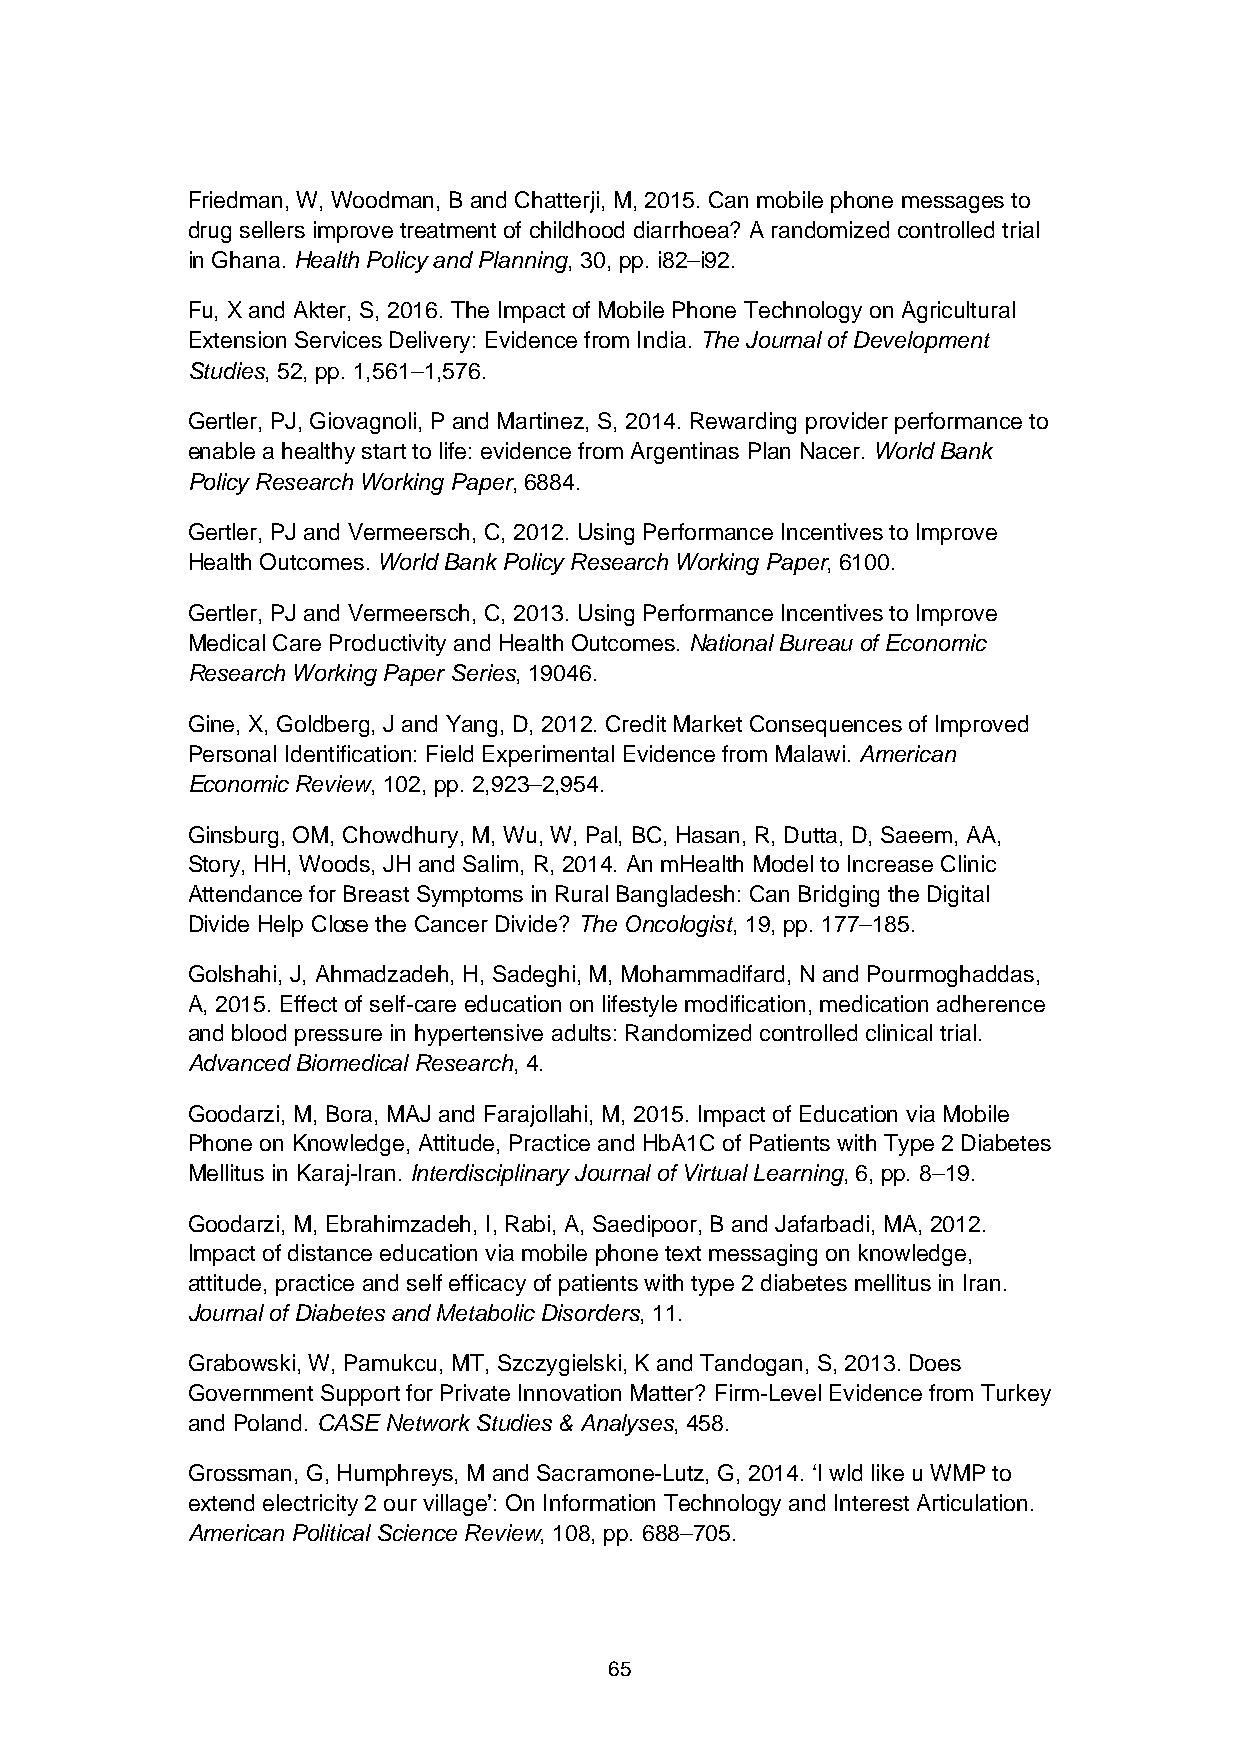
Friedman, W, Woodman, B and Chatterji, M, 2015. Can mobile phone messages to
 drug sellers improve treatment of childhood diarrhoea? A randomized controlled trial
 in Ghana. Health Policy and Planning, 30, pp. i82–i92.
 Fu, X and Akter, S, 2016. The Impact of Mobile Phone Technology on Agricultural
 Extension Services Delivery: Evidence from India. The Journal of Development
 Studies, 52, pp. 1,561–1,576.
 Gertler, PJ, Giovagnoli, P and Martinez, S, 2014. Rewarding provider performance to
 enable a healthy start to life: evidence from Argentinas Plan Nacer. World Bank
 Policy Research Working Paper, 6884.
 Gertler, PJ and Vermeersch, C, 2012. Using Performance Incentives to Improve
 Health Outcomes. World Bank Policy Research Working Paper, 6100.
 Gertler, PJ and Vermeersch, C, 2013. Using Performance Incentives to Improve
 Medical Care Productivity and Health Outcomes. National Bureau of Economic
 Research Working Paper Series, 19046.
 Gine, X, Goldberg, J and Yang, D, 2012. Credit Market Consequences of Improved
 Personal Identification: Field Experimental Evidence from Malawi. American
 Economic Review, 102, pp. 2,923–2,954.
 Ginsburg, OM, Chowdhury, M, Wu, W, Pal, BC, Hasan, R, Dutta, D, Saeem, AA,
 Story, HH, Woods, JH and Salim, R, 2014. An mHealth Model to Increase Clinic
 Attendance for Breast Symptoms in Rural Bangladesh: Can Bridging the Digital
 Divide Help Close the Cancer Divide? The Oncologist, 19, pp. 177–185.
 Golshahi, J, Ahmadzadeh, H, Sadeghi, M, Mohammadifard, N and Pourmoghaddas,
 A, 2015. Effect of self-care education on lifestyle modification, medication adherence
 and blood pressure in hypertensive adults: Randomized controlled clinical trial.
 Advanced Biomedical Research, 4.
 Goodarzi, M, Bora, MAJ and Farajollahi, M, 2015. Impact of Education via Mobile
 Phone on Knowledge, Attitude, Practice and HbA1C of Patients with Type 2 Diabetes
 Mellitus in Karaj-Iran. Interdisciplinary Journal of Virtual Learning, 6, pp. 8–19.
 Goodarzi, M, Ebrahimzadeh, I, Rabi, A, Saedipoor, B and Jafarbadi, MA, 2012.
 Impact of distance education via mobile phone text messaging on knowledge,
 attitude, practice and self efficacy of patients with type 2 diabetes mellitus in Iran.
 Journal of Diabetes and Metabolic Disorders, 11.
 Grabowski, W, Pamukcu, MT, Szczygielski, K and Tandogan, S, 2013. Does
 Government Support for Private Innovation Matter? Firm-Level Evidence from Turkey
 and Poland. CASE Network Studies & Analyses, 458.
 Grossman, G, Humphreys, M and Sacramone-Lutz, G, 2014. ‘I wld like u WMP to
 extend electricity 2 our village’: On Information Technology and Interest Articulation.
 American Political Science Review, 108, pp. 688–705.
 65